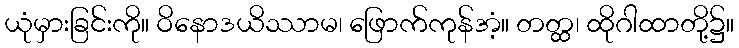
ယုံမှားခြင်းကို။ ဝိနောဒယိဿာမ၊ ဖြောက်ကုန်အံ့။ တတ္ထ၊ ထိုဂါထာတို့၌။